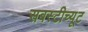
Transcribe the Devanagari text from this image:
सबस्टीच्यूट